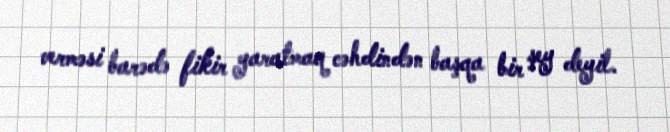
verməsi barədə fikir yaratmaq cəhdindən başqa bir şey deyil.